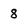
Character: 8